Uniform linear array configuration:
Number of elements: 4
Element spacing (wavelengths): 0.75
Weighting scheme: kaiser
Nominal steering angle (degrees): -15
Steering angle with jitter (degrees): -16.405
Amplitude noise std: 0.05
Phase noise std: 0.05

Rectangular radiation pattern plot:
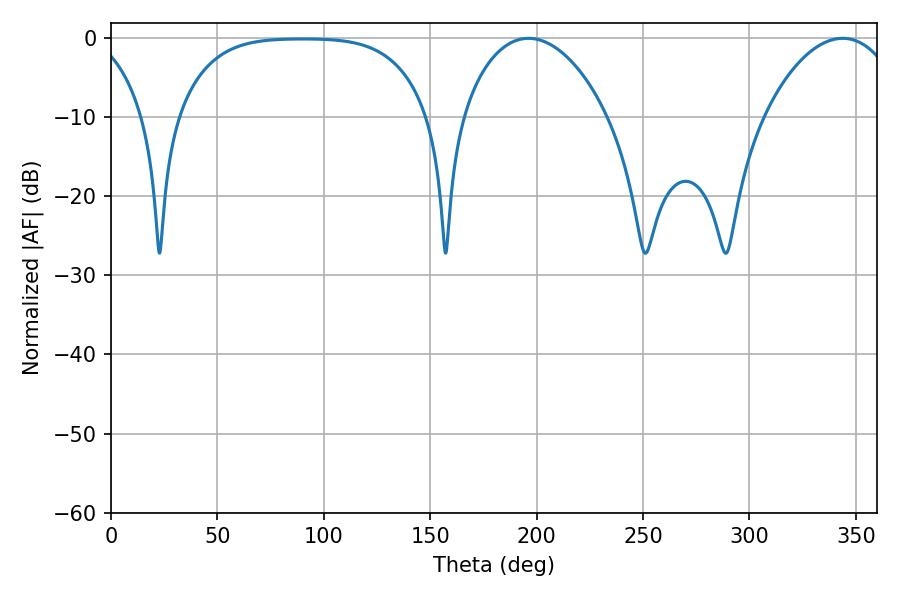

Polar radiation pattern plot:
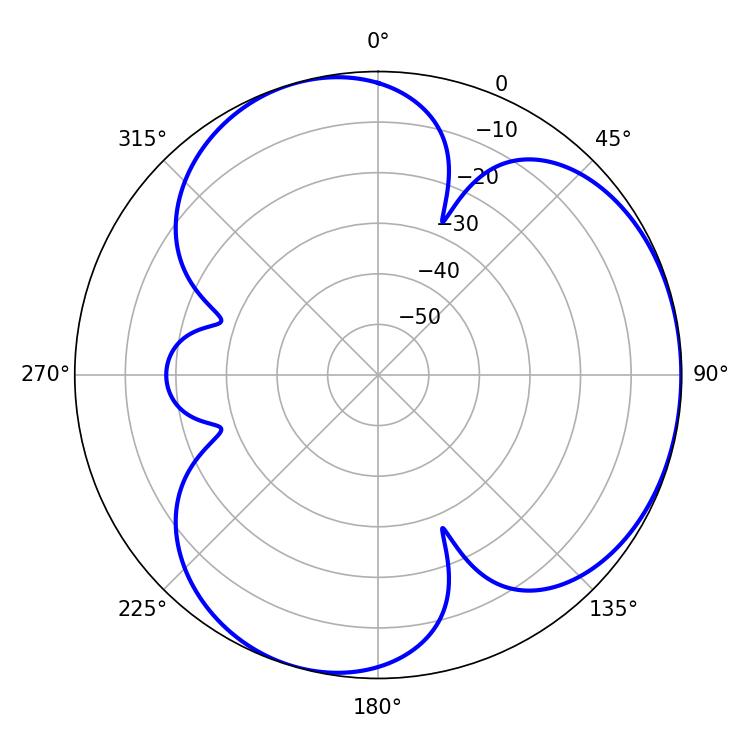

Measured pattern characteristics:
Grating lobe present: TRUE
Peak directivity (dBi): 3.749
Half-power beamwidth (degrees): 38.7
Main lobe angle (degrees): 196.2